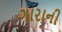
ગારાની